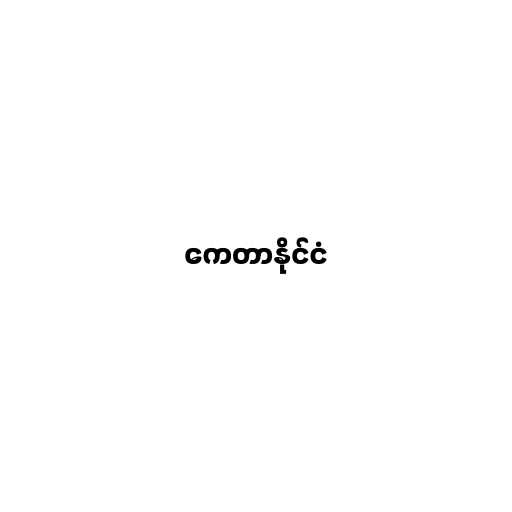
ကေတာနိုင်ငံ